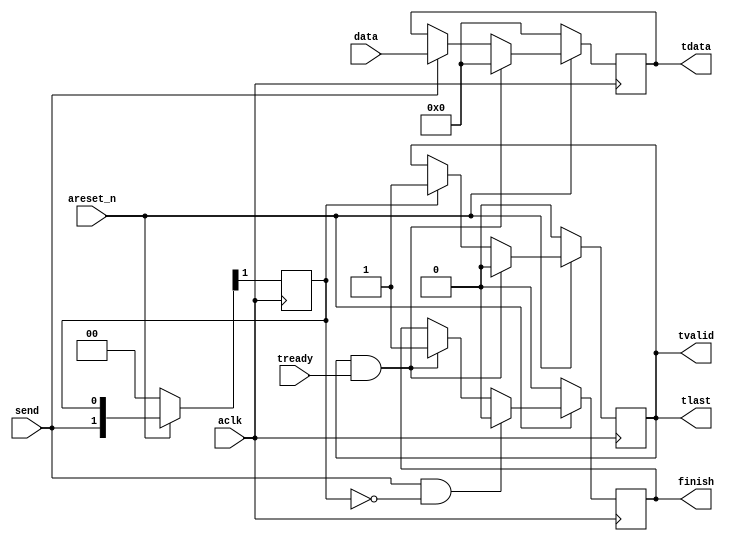
// Simple AXI-Stream Master
// Takes the data and sends it through the AXIS interface
// When send posedge happens, sends the data


`timescale 1us/1us

module axis_m ( input areset_n, aclk, 
			  input [31:0]		data, 		// user data that needs to be sent by axis
			  input 			send,		// user send command, user asks axis_m to send the data
			  //AXIS protocol signals
			  input 			tready, 	
              output reg 		tvalid,
			  output 			tlast, 
			  output reg [31:0] tdata,
			 
			  output reg 		finish		// transaction is completed signal
			);


reg [31:0] data_buf; // buffer to keep the send data from change
always @ (posedge send or negedge areset_n)
	if (~areset_n)
		data_buf <= 0;
	else
		data_buf <= data;
		
reg send_pulse_1d,send_pulse_2d;
// just delay the send signal for 1 clock
always @ (posedge aclk)
    if (~areset_n)
		{send_pulse_1d,send_pulse_2d } <= 2'b00;
	else 
		{send_pulse_1d,send_pulse_2d } <= {send, send_pulse_1d};

// handshake happened between master and slave
wire handshake;	
assign handshake  = tvalid & tready;
		
// tdata
always @ (posedge aclk)
    if (~areset_n)
        tdata <= 1'b0;	
	else
		if (handshake)
			tdata <= 0;
		else if (send)
				tdata <= data;
			else
				tdata <= tdata;
			
	

	
// tvalid
// as soon as the fifo becomes no empty the tvalid goes high
always @ (posedge aclk)
    if (~areset_n)
        tvalid <= 1'b0;
    else
		if (handshake)
			tvalid <= 1'b0;
		else
			if (send_pulse_1d )
				tvalid <= 1'b1;
			else 
				tvalid <= tvalid;
		
// tlast
// same behavioral as tvalid
assign tlast = tvalid;

// finish
always @ (posedge aclk)
    if (~areset_n)
        finish <= 1'b0;
	else
		if (send && !send_pulse_1d ) //detect the sned rise and generates 1 pulse
			finish <= 1'b0;
		else
			if (handshake)
				finish <= 1'b1;
			else
				finish <= finish;
	

endmodule